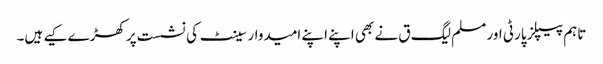
تاہم پیپلز پارٹی اور مسلم لیگ ق نے بھی اپنے اپنے امیدوار سینٹ کی نشست پر کھڑے کیے ہیں۔